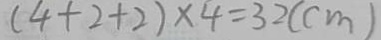
( 4 + 2 + 2 ) \times 4 = 3 2 ( c m )